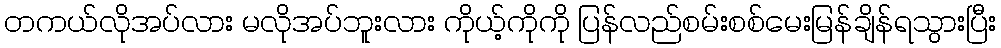
တကယ်လိုအပ်လား မလိုအပ်ဘူးလား ကိုယ့်ကိုကို ပြန်လည်စမ်းစစ်မေးမြန်ချိန်ရသွားပြီး